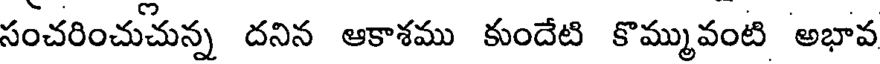
సంచరించుచున్న దనిన ఆకాశము కుందేటి కొమ్మువంటి అభావ